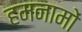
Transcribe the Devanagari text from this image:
हमनामों